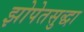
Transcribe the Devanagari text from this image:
झोपेतसुद्धा